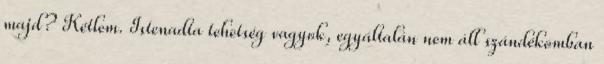
majd? Kétlem. Istenadta tehetség vagyok, egyáltalán nem áll szándékomban